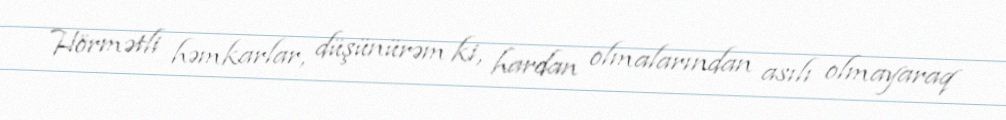
Hörmətli həmkarlar, düşünürəm ki, hardan olmalarından asılı olmayaraq